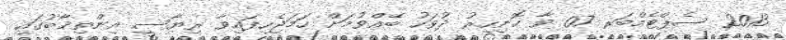
2013 ސެޕްޓެމްބަރ 07 ވާ ހޮނިހިރު ދުވަހު ބޭއްވުމަށް ހަމަޖެހިފައިވާ ރިޔާސީ އިންތިޚާބުގައި